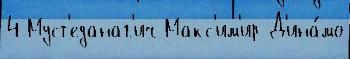
4 Муст'еданаг'ич Макс'им'ир Д'ина́мо